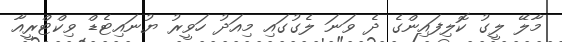
މާލޭ ލީގު ކޮލިފައިންގެ ދެ ވަނަ ލެގުގައި މިއަދު ހަވީރު ޔުނައިޓެޑް ވިކްޓްރީއާ